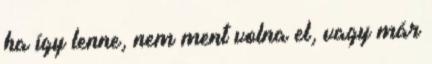
ha így lenne, nem ment volna el, vagy már